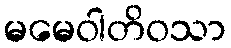
မမေဝါတိဝသာ